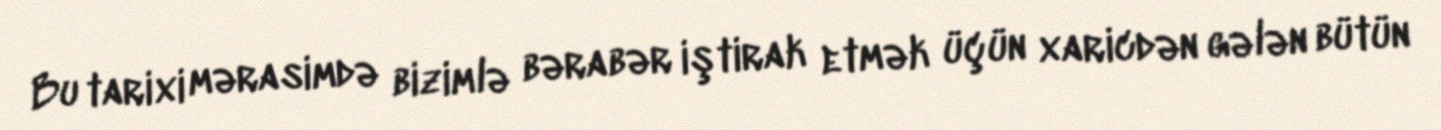
Bu tarixi mərasimdə bizimlə bərabər iştirak etmək üçün xaricdən gələn bütün